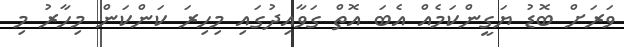
ވަރަށް ބޮޑު ޔަގީންކަމެއް އެބަ އޮތް ގަވާއިދުގައި މިހިރަ ކަންކަން މިހާރު މި